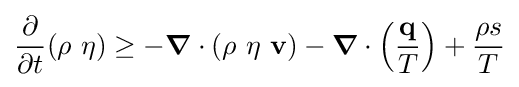
{\frac {\partial }{\partial t}}(\rho ~\eta )\geq -{\boldsymbol {\nabla }}\cdot (\rho ~\eta ~\mathbf {v} )-{\boldsymbol {\nabla }}\cdot \left({\frac {\mathbf {q} }{T}}\right)+{\frac {\rho s}{T}}